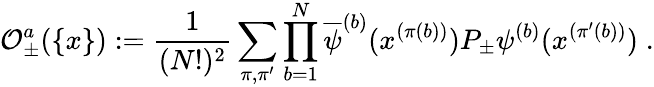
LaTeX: {\cal O}_{\pm}^{a}(\{ x\} ):=\frac{1}{(N!)^{2}}\sum_{\pi,\pi^{\prime}}\prod_{b=1}^{N}\overline{{{\psi}}}^{(b)}(x^{(\pi(b))})P_{\pm}\psi^{(b)}(x^{(\pi^{\prime}(b))})\; .